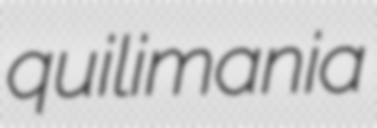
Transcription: quilimania